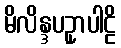
မိလိန္ဒပဥှာပါဠိ